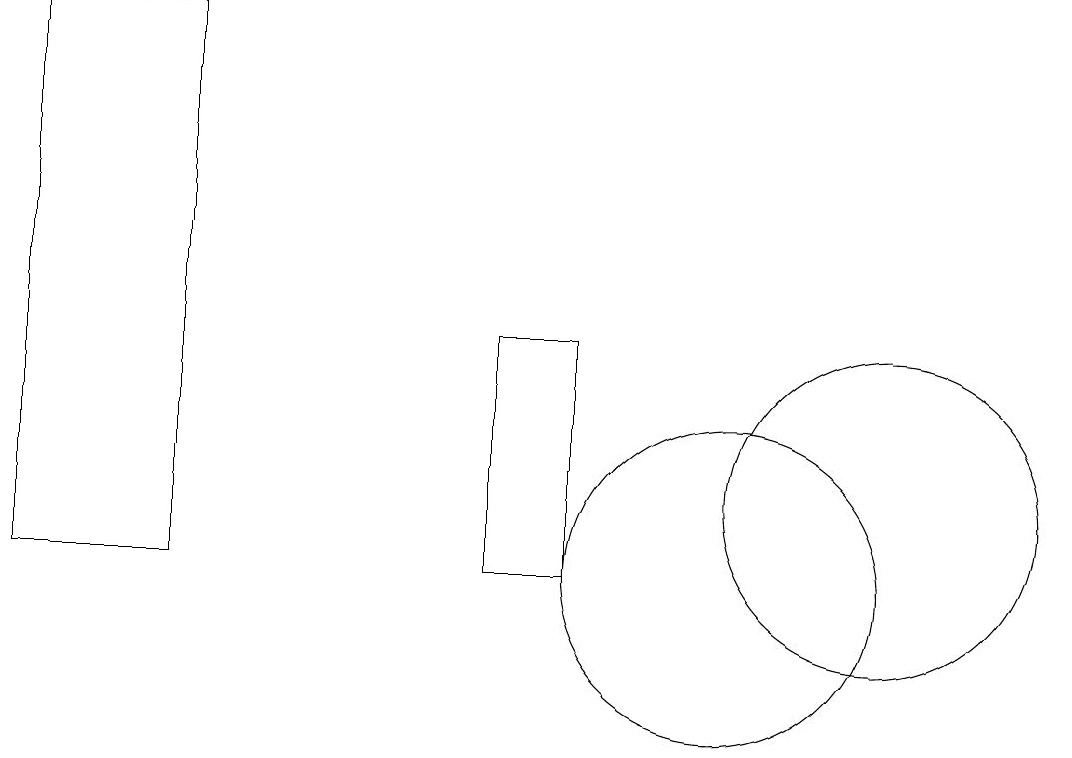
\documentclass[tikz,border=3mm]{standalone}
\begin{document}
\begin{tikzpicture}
\draw (10,10) circle (2);
\draw (12,11) circle (2);
\draw (1,17) rectangle (3,10);
\draw (7,10) rectangle (8,13);
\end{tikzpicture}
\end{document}